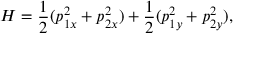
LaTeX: H = \frac { 1 } { 2 } ( p _ { 1 x } ^ { 2 } + p _ { 2 x } ^ { 2 } ) + \frac { 1 } { 2 } ( p _ { 1 y } ^ { 2 } + p _ { 2 y } ^ { 2 } ) ,